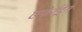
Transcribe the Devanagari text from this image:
एफेड्रिन